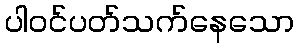
ပါဝင်ပတ်သက်နေသော